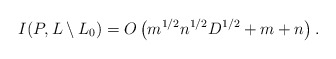
\begin{align*} I(P,L\setminus L_0) = O\left(m^{1/2}n^{1/2}D^{1/2} + m + n\right) .\end{align*}